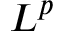
L ^ { p }